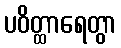
ပဝိတ္ထာရေတွာ